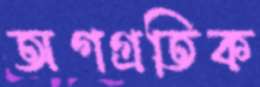
অগগ্রতিক